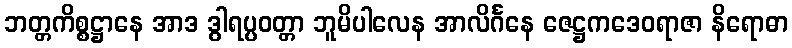
ဘတ္တကိစ္စဋ္ဌာနေ အာဒ ဒွါရပ္ပဝတ္တာ ဘူမိပါလေန အာလိင်္ဂနေ ဇေဋ္ဌကဒေဝရာဇာ နိရောဓာ